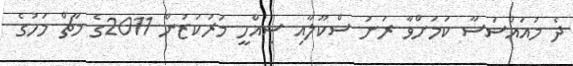
ދެ މުއައްސަސާ ކަމަށްވާ ރަށު ސްކޫލާއި ސިއްހީ މަރުކަޒުން 2011ގެ މާޗް މަހުގެ